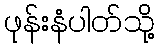
ဖုန်းနံပါတ်သို့